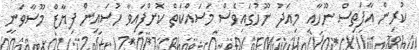
ކުރިން އާފަތިސް ނޫހާއި މިއަދު ނޫހުގައިވެސް މަސައްކަތް ކޮށްފައިވާ ހުސައިން ފިޔާޒް މޫސާވަނީ